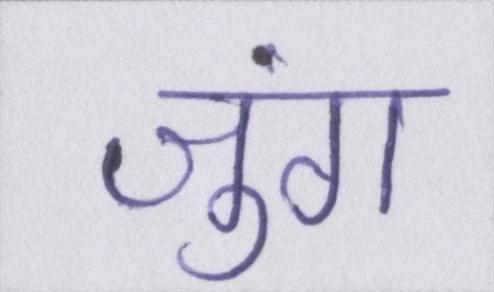
जुंग